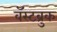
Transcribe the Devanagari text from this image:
वॅस्टब्रुक